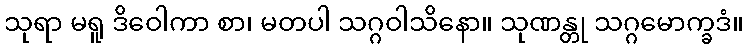
သုရာ မရူ ဒိဝေါကာ စာ၊ မတပါ သဂ္ဂဝါသိနော။ သုဏန္တု သဂ္ဂမောက္ခဒံ။